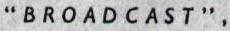
"BROADCAST" ,